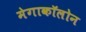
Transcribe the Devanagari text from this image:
मेगाकॉलोन